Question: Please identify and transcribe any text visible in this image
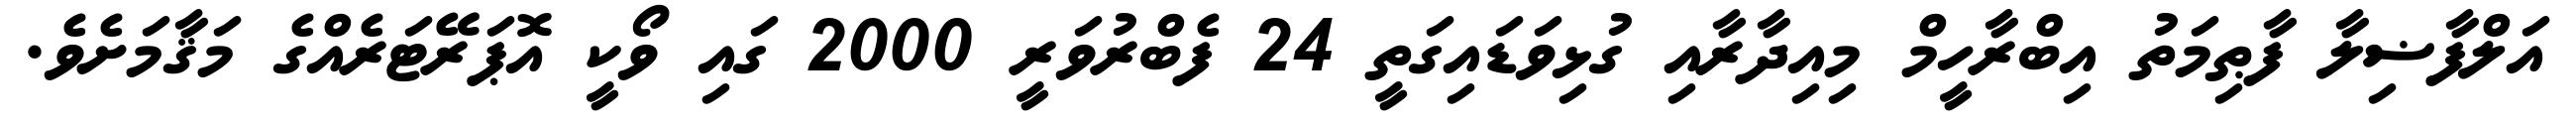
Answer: އަލްފާޟިލާ ފާޠިމަތު އިބްރާހީމް މިއިދާރާއި ގުޅިވަޑައިގަތީ 24 ފެބްރުވަރީ 2000 ގައި ވޯކީ އޮޕަރޭޓަރެއްގެ މަޤާމަށެވެ.